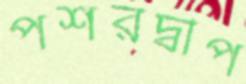
পশরদ্বীপ